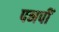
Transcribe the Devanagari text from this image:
पनपीं